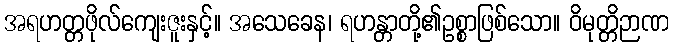
အရဟတ္တဖိုလ်ကျေးဇူးနှင့်။ အသေခေန၊ ရဟန္တာတို့၏ဥစ္စာဖြစ်သော။ ဝိမုတ္တိဉာဏ